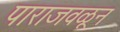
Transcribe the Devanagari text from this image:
पाराजवळून